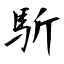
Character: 馸